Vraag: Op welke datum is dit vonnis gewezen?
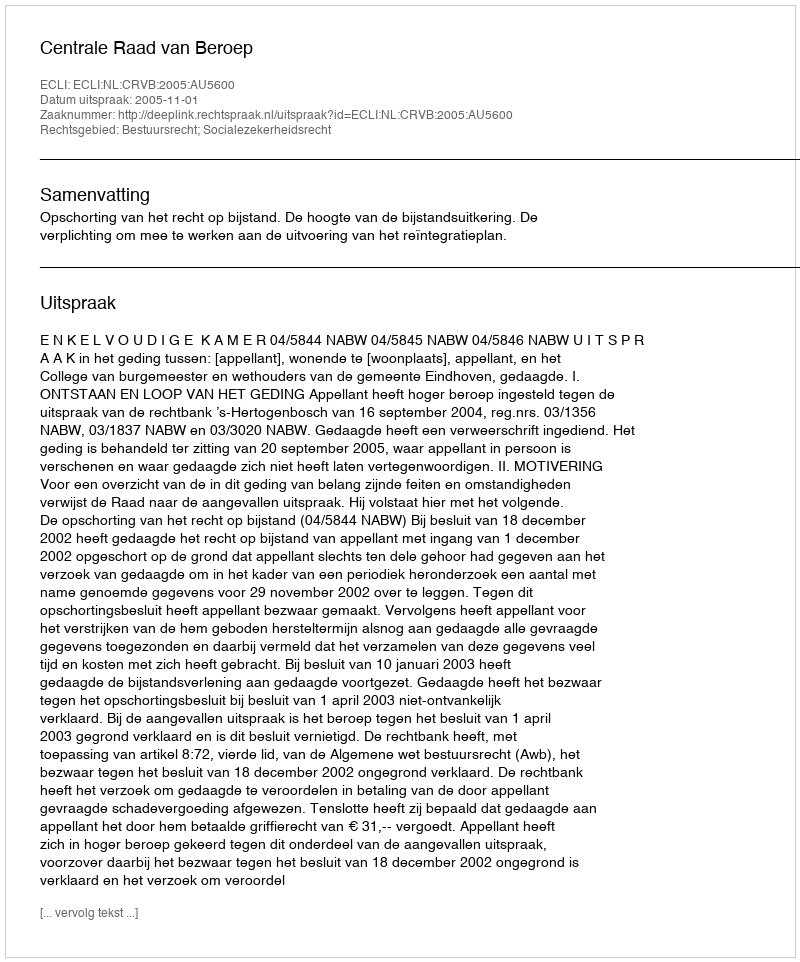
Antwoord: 2005-11-01